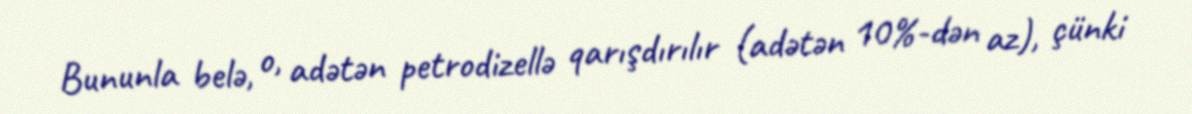
Bununla belə, o, adətən petrodizellə qarışdırılır (adətən 10%-dən az), çünki